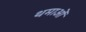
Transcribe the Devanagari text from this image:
थमाओं